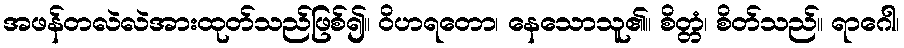
အဖန်တလဲလဲအားထုတ်သည်ဖြစ်၍။ ဝိဟရတော၊ နေသောသူ၏။ စိတ္တံ၊ စိတ်သည်။ ရာဂေါ၊